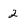
Character: 2